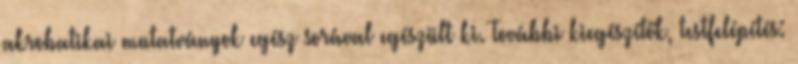
akrobatikai mutatványok egész sorával egészült ki. További kiegészítők, testfelépítés: